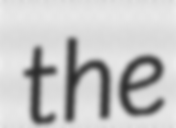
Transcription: the